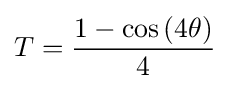
T={\frac {1-\cos {(4\theta )}}{4}}